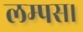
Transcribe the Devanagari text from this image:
लम्पस।